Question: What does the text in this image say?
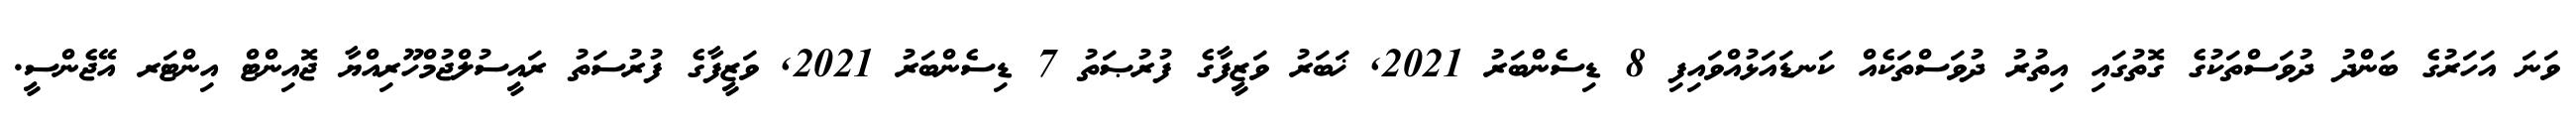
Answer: ވަނަ އަހަރުގެ ބަންދު ދުވަސްތަކުގެ ގޮތުގައި އިތުރު ދުވަސްތަކެއް ކަނޑައަޅުއްވައިފި 8 ޑިސެންބަރު 2021, ޚަބަރު ވަޒީފާގެ ފުރުޞަތު 7 ޑިސެންބަރު 2021, ވަޒީފާގެ ފުރުސަތު ރައީސުލްޖުމްހޫރިއްޔާ ޖޮއިންޓް އިންޓަރ އޭޖެންސީ.